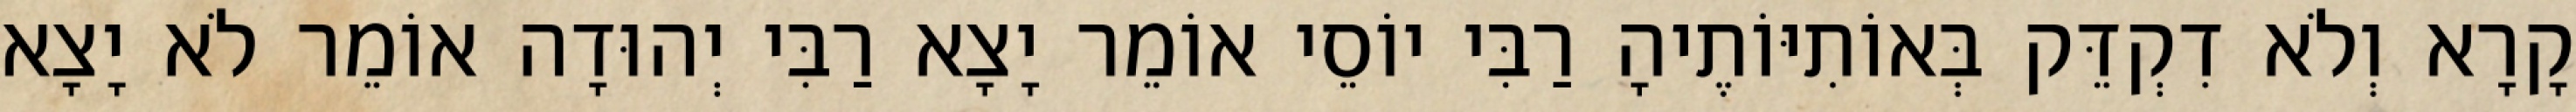
קָרָא וְלֹא דִקְדֵּק בְּאוֹתִיּוֹתֶיהָ רַבִּי יוֹסֵי אוֹמֵר יָצָא רַבִּי יְהוּדָה אוֹמֵר לֹא יָצָא